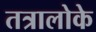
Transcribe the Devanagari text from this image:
तत्रालोके